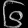
Digit: ၆